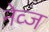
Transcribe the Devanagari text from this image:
नेव्ज